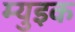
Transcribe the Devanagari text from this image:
म्युइक